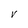
Character: V